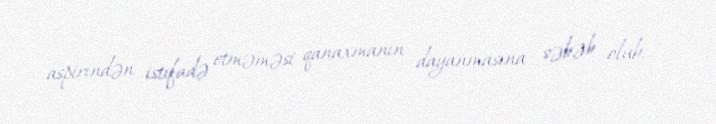
aspirindən istifadə etməməsi qanaxmanın dayanmasına səbəb olub.